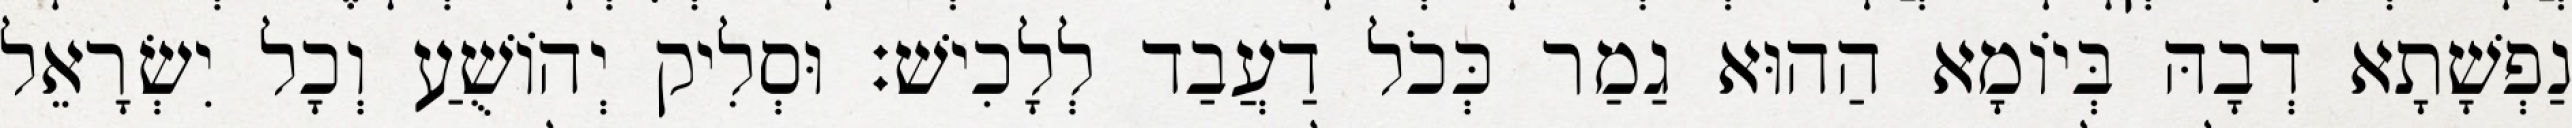
נַפְשָׁתָא דְבָהּ בְּיוֹמָא הַהוּא גַמַר כְּכֹל דַעֲבַד לְלָכִישׁ׃ וּסְלִיק יְהוֹשֻׁעַ וְכָל יִשְׂרָאֵל